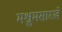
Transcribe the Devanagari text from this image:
मश्रुमसारखे